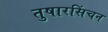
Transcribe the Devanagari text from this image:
तुषारसिंचन